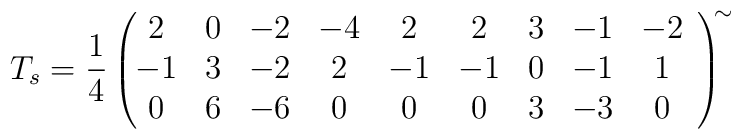
T_s=\frac{1}{4}\left(\!\!\!\begin{array}{ccccccccc}    2&0&-2&-4&2&2&3&-1&-2 \\    -1&3&-2&2&-1&-1&0&-1&1 \\    0&6&-6&0&0&0&3&-3&0\end{array}\right)^{\!\!\sim}